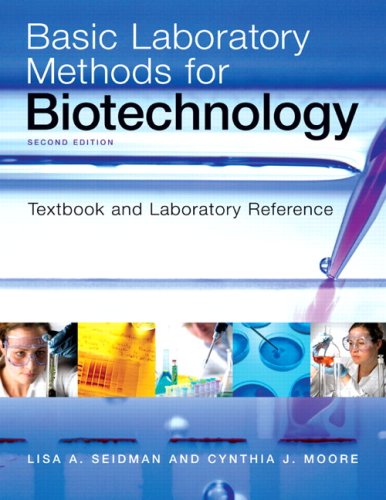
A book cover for Basic Laboratory Methods for Biotechnology (2nd Edition); Lisa A. Seidman; Medical Books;